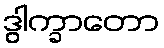
ဒွါက္ခာတော